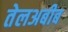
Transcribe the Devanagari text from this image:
तेलअबीब